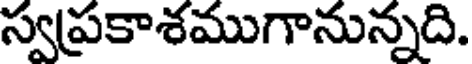
స్వప్రకాశముగానున్నది.